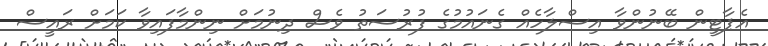
އެޕާޓީން ބޭނުންވާ އިސްލާހެއް ގެނައުމުގެ ފުރުސަތު ވެސް ދިނުމަށް ނިންމާފައިވާ ކަމަށް ރައީސް